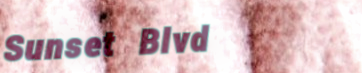
Sunset Blvd